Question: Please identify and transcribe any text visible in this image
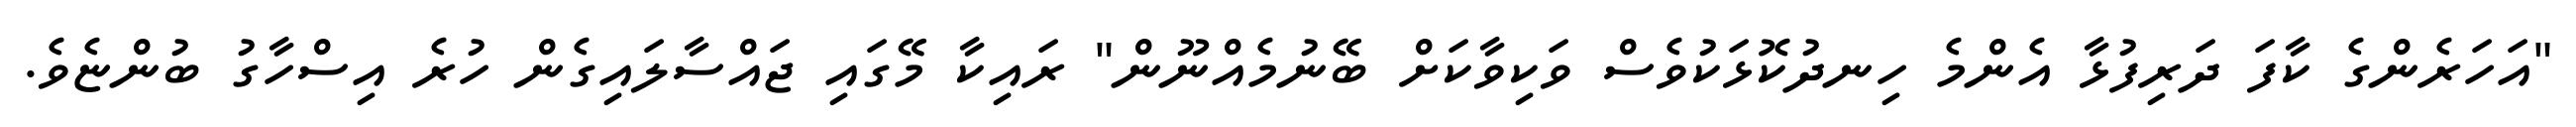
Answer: "އަހަރެންގެ ކާފަ ދަރިފުޅާ އެންމެ ހިނދުކޮޅަކުވެސް ވަކިވާކަށް ބޭނުމެއްނޫން" ރައިކާ މޭގައި ޖައްސާލައިގެން ހުރެ އިސްހާގު ބުންޏެވެ.